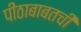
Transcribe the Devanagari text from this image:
पीठाबाबतची